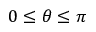
0 \le \theta \le \pi